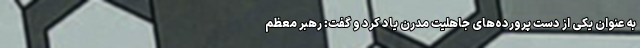
به عنوان یکی از دست پرورده‌های جاهلیت مدرن یاد کرد و گفت: رهبر معظم